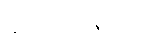
ဂေါဏပေတဝတ္ထု